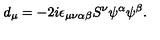
d _ { \mu } = - 2 i \epsilon _ { \mu \nu \alpha \beta } S ^ { \nu } \psi ^ { \alpha } \psi ^ { \beta } .